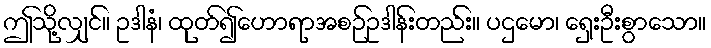
ဤသို့လျှင်။ ဥဒါနံ၊ ထုတ်၍ဟောရာအစဉ်ဥဒါန်းတည်း။ ပဌမော၊ ရှေးဦးစွာသော။